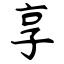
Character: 享